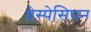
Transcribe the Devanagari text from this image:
वेस्पेसियन